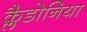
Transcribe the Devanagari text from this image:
क्लैडोनिया